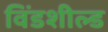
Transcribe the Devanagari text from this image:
विंडशील्‍ड